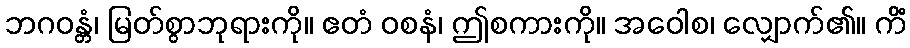
ဘဂဝန္တံ၊ မြတ်စွာဘုရားကို။ ဧတံ ဝစနံ၊ ဤစကားကို။ အဝေါစ၊ လျှောက်၏။ ကိံ